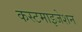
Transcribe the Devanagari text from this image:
कस्टमाइजेशन